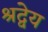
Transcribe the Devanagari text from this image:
श्रद्वेय